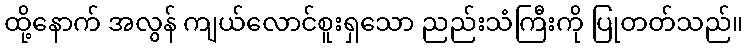
ထို့နောက် အလွန် ကျယ်လောင်စူးရှသော ညည်းသံကြီးကို ပြုတတ်သည်။